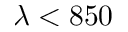
\lambda < 8 5 0